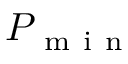
P _ { \mathrm { ~ m ~ i ~ n ~ } }